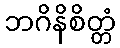
ဘဂိနိစိတ္တံ